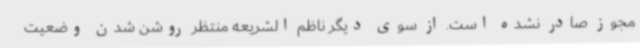
مجوز صادر نشده است. از سوی دیگر ناظم الشریعه منتظر روشن شدن وضعیت